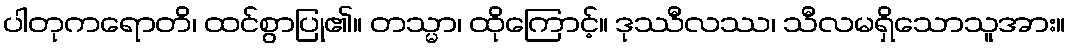
ပါတုကရောတိ၊ ထင်စွာပြု၏။ တသ္မာ၊ ထိုကြောင့်။ ဒုဿီလဿ၊ သီလမရှိသောသူအား။